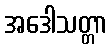
အဒေါသတ္တာ